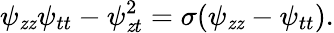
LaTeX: \psi_{\mathit{z}\mathit{z}}\psi_{tt}-\psi_{\mathit{z}t}^{2}=\sigma(\psi_{\mathit{z}\mathit{z}}-\psi_{tt}).